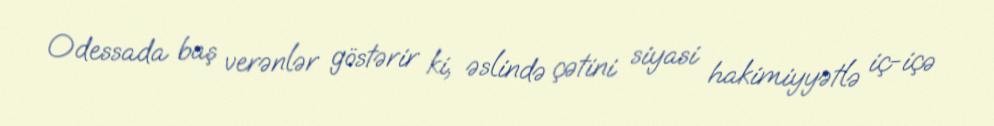
Odessada baş verənlər göstərir ki, əslində çətini siyasi hakimiyyətlə iç-içə